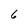
Character: 6